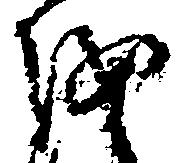
を